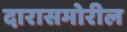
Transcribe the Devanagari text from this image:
दारासमोरील